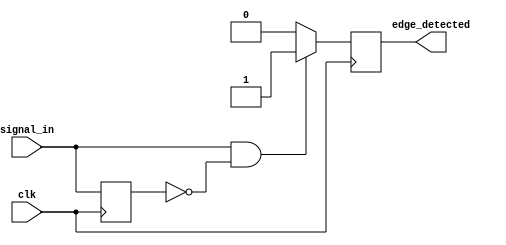
module rising_edge_detector (
    input wire clk,          // Clock signal
    input wire signal_in,    // Input signal to detect rising edge
    output reg edge_detected  // Output signal indicating rising edge detection
);

    reg signal_prev;         // Register to hold the previous state of signal_in

    // Always block triggered on the rising edge of the clock
    always @(posedge clk) begin
        // Edge detection logic
        if (signal_in && !signal_prev) begin
            edge_detected <= 1'b1;  // Rising edge detected
        end else begin
            edge_detected <= 1'b0;  // No rising edge detected
        end
        
        // Update the previous state
        signal_prev <= signal_in;   // Sample the current state of signal_in
    end

    // Initialize signal_prev to 0 at the start
    initial begin
        signal_prev = 1'b0;          // Initial state of signal_prev
        edge_detected = 1'b0;        // Initial state of edge_detected
    end

endmodule